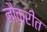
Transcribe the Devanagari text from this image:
नौकरीत